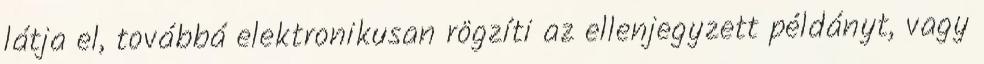
látja el, továbbá elektronikusan rögzíti az ellenjegyzett példányt, vagy